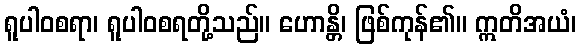
ရူပါဝစရာ၊ ရူပါဝစရတို့သည်။ ဟောန္တိ၊ ဖြစ်ကုန်၏။ ဣတိအယံ၊